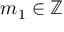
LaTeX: m _ { 1 } \in \mathbb { Z }